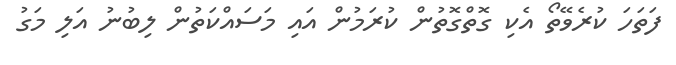
ފަތަހަ ކުރެވޭތޯ އެކި ގޮތްގޮތުން ކުރަމުން އައި މަސައްކަތުން ލިބުނު އަލި މަގު